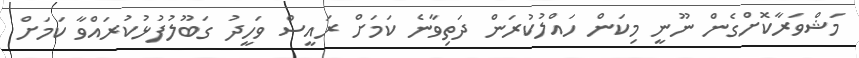
މަޝްވަރާކޮށްގެން ނޫނީ މިކަން ހައްލުކުރަން ދަތިވާނެ ކަމަށް ރައީސް ވަހީދު ގަބޫލުފުޅުކުރައްވާ ކަމަށް